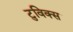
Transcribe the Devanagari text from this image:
टुविक्स